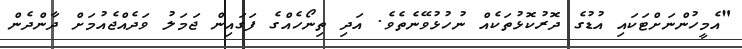
"އެމީހުންނަށްޓަކައި އުޑުގެ ދޮރުކޮޅުތަކެއް ނުހުޅުވޭނެތެވެ. އަދި ތިނޯހެއްގެ ފަގައިން ޖަމަލު ވަދެއްޖެއުމަށް ދާންދެން